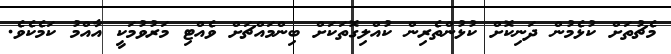
މެޗުތަށް ކުޅެމުން ދަނިކޮށް ކުޅުންތެރިން ކުއްލިގޮތަކަށް ބިންމައްޗަށް ވެއްޓި މަރުވުމަކީ އާއްމު ކަމެކެވެ.